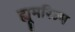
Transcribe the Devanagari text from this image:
ह्यूमरिज्म